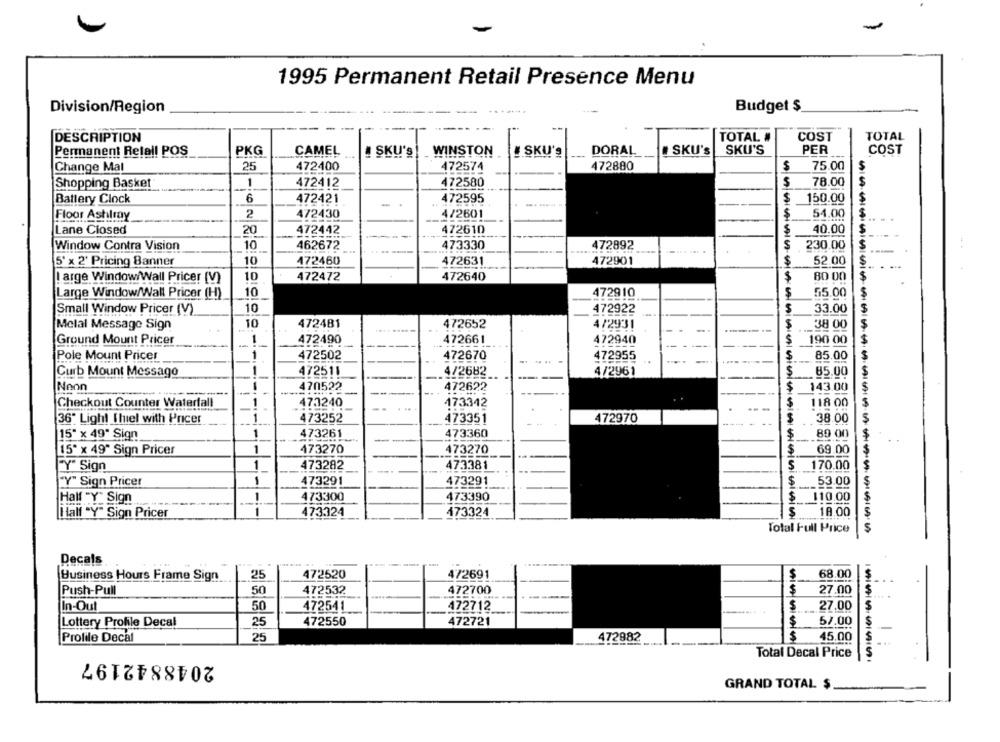
1995 Permanent Retail Presence Menu
Division/Region
Budget $
DESCRIPTION
TOTAL #
COST
TOTAL
Permanent Retall POS
PKG
CAMEL
! SKU'S
WINSTON
ISKU'S
DORAL
SKU'S
SKU'S
PER
COST
Change Mal
25
472400
472574
472880
75.00
Shopping Basket
1
472412
472580
78.00
Battery Clock
6
472421
472595
$ 150.00
2
472430
4/2601
S
54.00
Floor Ashley
Lane Closed
20
472442
472610
$
40.00
10
473330
472892
Window Contra Vision
462672
$ 230.00
10
5' x 2' Pricing Banner
472460
472631
472901
$
52.00
S
$
! arge Window/Wall Pricer (V)
10
472472
472640
80 00
Large Window/Wall Pricer (H)
10
472910
55.00
$
Small Window Pricer (V)
10
472922
S
33.00
Melal Message Sign
10
472481
472652
4/2931
38 00
Ground Mount Pricer
-
472490
472661
472940
190 00
$
Pole Mount Pricer
472502
472670
472955
85.00
Curb Mount Message
472511
4/2682
$
4/2961
-
85.00
Nonn
---
-
470522
472622
--.
143.00
Checkout Counter Waterfall
473240
173342
118 00
36" Light Thiel with Pricer
473252
473351
472970
38.00
15" x 49" Sign
473261
473360
$
89 00
15" x 49" Sign Pricer
1
473270
473270
69.00
Y" Sign
1
473282
473381
$
170.00
"Y" Sign Pricer
-
473291
473291
$
53.00
-
473300
473390
$ 110.00
Half -Y" Sign
-
-
473324
173324
18.00
Half "Y" Sign Pricer
Total Full Price
Decals
Business Hours Frame Sign
25
472520
47269
$
68.00
Push-Pull
50
472532
472700
27.00
In-Ou
50
472541
472712
$
27.00
Lottery Profile Decal
25
472550
472721
$
57.00
Profile Decal
25
472982
$
45.00
Total Decal Price
2048842197
GRAND TOTAL $